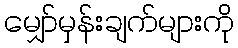
မျှော်မှန်းချက်များကို